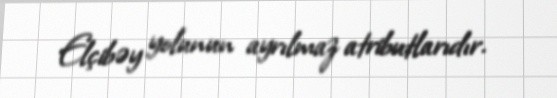
Elçibəy yolunun ayrılmaz atributlarıdır.